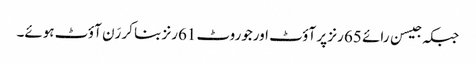
جبکہ جیسن رائے 65 رنز پر آؤٹ اورجوروٹ 61رنز بنا کر رَن آؤٹ ہوئے۔